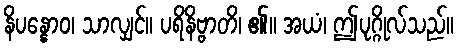
နိပန္နောဝ၊ သာလျှင်။ ပရိနိဗ္ဗာတိ၊ ၏။ အယံ၊ ဤပုဂ္ဂိုလ်သည်။